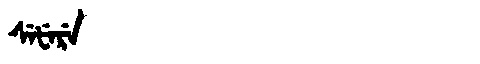
Manchu: ᠰᡝᡶᡝᡵᡝ
Romanization: SEFERE